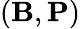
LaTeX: (\mathbf{B},{\mathbf{P}})